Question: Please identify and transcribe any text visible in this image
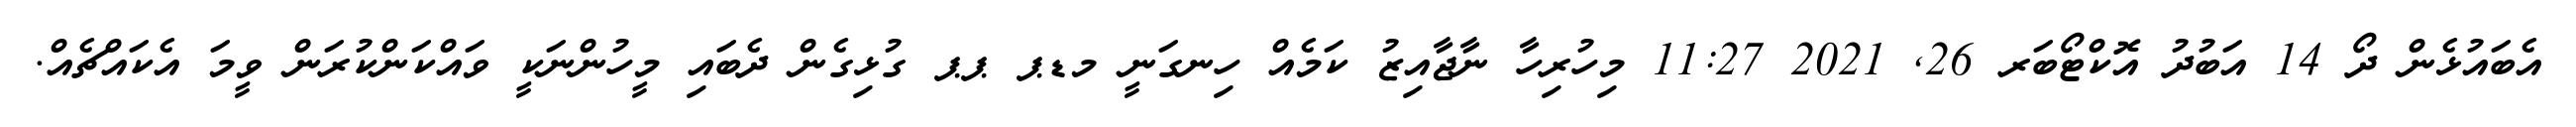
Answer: އެބައުޅެން ދޯ 14 އަބުދު އޮކްޓޯބަރ 26, 2021 11:27 މިހުރިހާ ނާޖާއިޒު ކަމެއް ހިނގަނީ މޑޕ ޕޕ ގުޅިގެން ދެބައި މީހުންނަކީ ވައްކަންކުރަން ވީމަ އެކައްޗެއް.